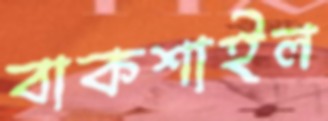
বাকশাইল